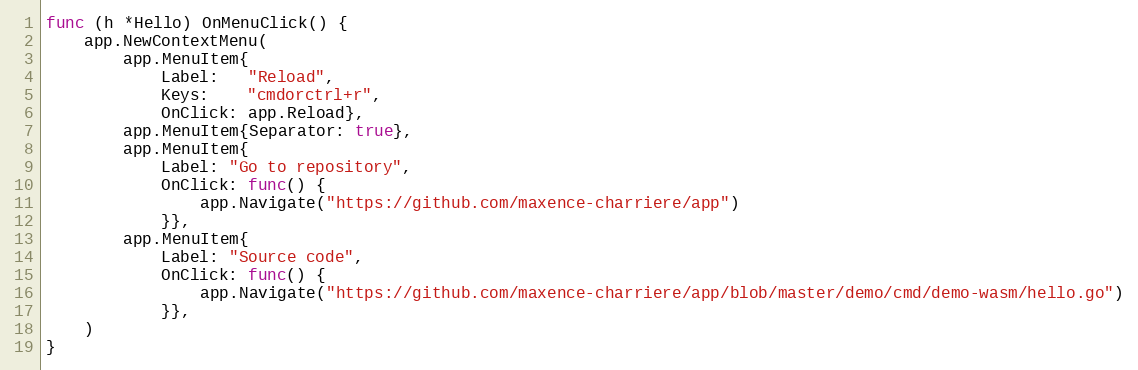
Language: Go
func (h *Hello) OnMenuClick() {
	app.NewContextMenu(
		app.MenuItem{
			Label:   "Reload",
			Keys:    "cmdorctrl+r",
			OnClick: app.Reload},
		app.MenuItem{Separator: true},
		app.MenuItem{
			Label: "Go to repository",
			OnClick: func() {
				app.Navigate("https://github.com/maxence-charriere/app")
			}},
		app.MenuItem{
			Label: "Source code",
			OnClick: func() {
				app.Navigate("https://github.com/maxence-charriere/app/blob/master/demo/cmd/demo-wasm/hello.go")
			}},
	)
}